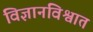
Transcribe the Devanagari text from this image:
विज्ञानविश्वात